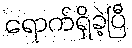
ရောက်ရှိခဲ့ပြီ